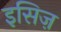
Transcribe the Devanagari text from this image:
इसिज़